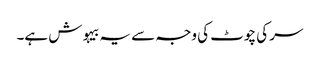
سر کی چوٹ کی وجہ سے یہ بیہوش ہے۔